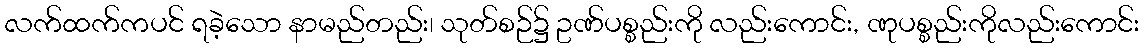
လက်ထက်ကပင် ရခဲ့သော နာမည်တည်း၊ သုတ်စဉ်၌ ဥဏ်ပစ္စည်းကို လည်းကောင်း, ဏုပစ္စည်းကိုလည်းကောင်း